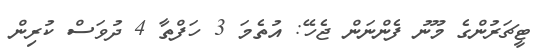
ޓީޗަރުންގެ މޫނު ފެންނަން ޖެހޭ: އުތެމަ 3 ހަފްތާ 4 ދުވަސް ކުރިން